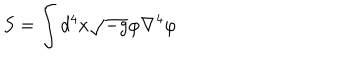
S = \int { d ^ { 4 } x } \sqrt { - g } \varphi \nabla ^ { 4 } \varphi